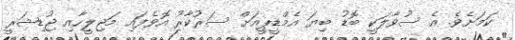
ކަމަށެވެ. އެ ސުވާލަކީ ބޮޑު ބިޔަ އެމްޑީޕީއަށް ސަރުކާރު އޮވެފައި މަޖިލީހާއި ޖުޑިޝަރީ